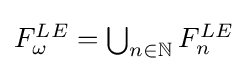
{\textstyle F_{\omega }^{LE}=\bigcup _{n\in \mathbb {N} }F_{n}^{LE}}